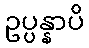
ဥပ္ပန္နာပိ